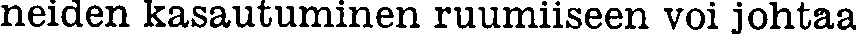
neiden kasautuminen ruumiiseen voi johtaa